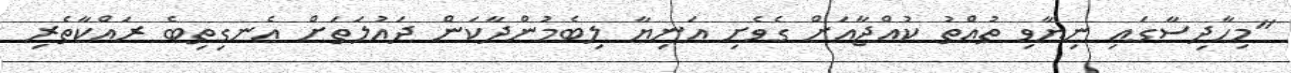
"މިހާދިސާގައި ނިޔާވި ތުއްތު ކުއްޖާއަށް ގެވެށި އަނިޔާ ލިބެމުންދާކަން ދައުލަތަށް އެނގިތިބެ ރައްކާތެރި